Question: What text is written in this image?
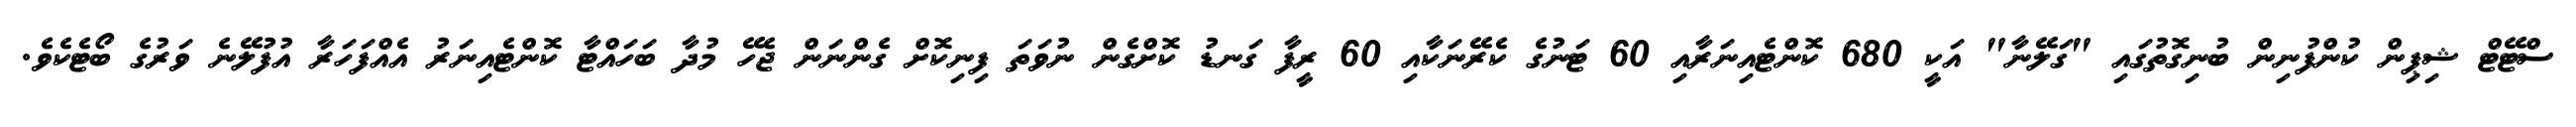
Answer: ސްޓޭޓް ޝިޕިން ކުންފުނިން ބުނިގޮތުގައި "ގަލޭނާ" އަކީ 680 ކޮންޓެއިނަރާއި 60 ޓަނުގެ ކެރޭނަކާއި 60 ރީފާ ގަނޑު ކޮށްގެން ނުވަތަ ފިނިކޮށް ގެންނަން ޖެހޭ މުދާ ބަހައްޓާ ކޮންޓެއިނަރު އެއްފަހަރާ އުފުލޭނެ ވަރުގެ ބޯޓެކެވެ.